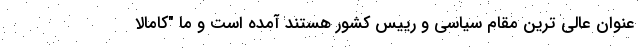
عنوان عالی ترین مقام سیاسی و رییس کشور هستند آمده است و ما "کامالا